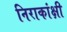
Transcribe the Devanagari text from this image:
निराकांक्षी